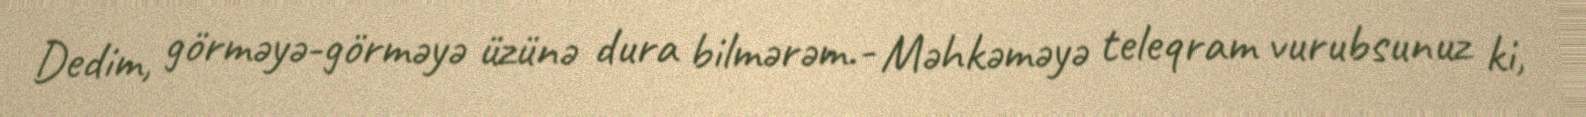
Dedim, görməyə-görməyə üzünə dura bilmərəm.- Məhkəməyə teleqram vurubsunuz ki,